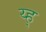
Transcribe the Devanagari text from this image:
य्ह्